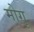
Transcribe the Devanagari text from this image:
मोगू